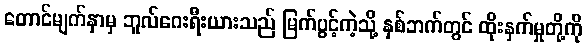
တောင်မျက်နှာမှ ဘူလ်ဂေးရီးယားသည် မြက်ပွင့်ကဲ့သို့ နှစ်ဘက်တွင် ထိုးနှက်မှုတို့ကို